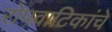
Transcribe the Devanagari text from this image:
रोपवाटिकांचे